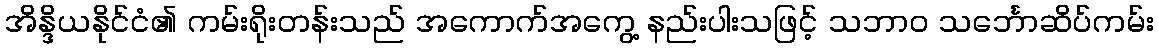
အိန္ဒိယနိုင်ငံ၏ ကမ်းရိုးတန်းသည် အကောက်အကွေ့ နည်းပါးသဖြင့် သဘာဝ သင်္ဘောဆိပ်ကမ်း